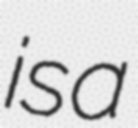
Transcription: is a